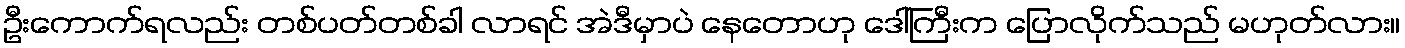
ဦးကောက်ရလည်း တစ်ပတ်တစ်ခါ လာရင် အဲဒီမှာပဲ နေတောဟု ဒေါ်ကြီးက ပြောလိုက်သည် မဟုတ်လား။